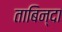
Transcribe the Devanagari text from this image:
ताबिन्दा